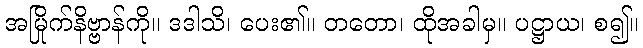
အမြိုက်နိဗ္ဗာန်ကို။ ဒဒါသိ၊ ပေး၏။ တတော၊ ထိုအခါမှ။ ပဋ္ဌာယ၊ စ၍။